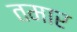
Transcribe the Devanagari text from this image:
तमार